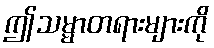
ဤသမ္မာတရားများကို